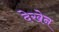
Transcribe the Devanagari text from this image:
देखेन